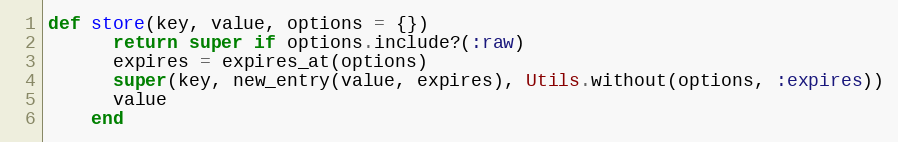
Language: Ruby
def store(key, value, options = {})
      return super if options.include?(:raw)
      expires = expires_at(options)
      super(key, new_entry(value, expires), Utils.without(options, :expires))
      value
    end